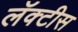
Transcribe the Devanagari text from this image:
लॅक्‍टीस